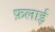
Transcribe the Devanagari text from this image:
फ़लाई